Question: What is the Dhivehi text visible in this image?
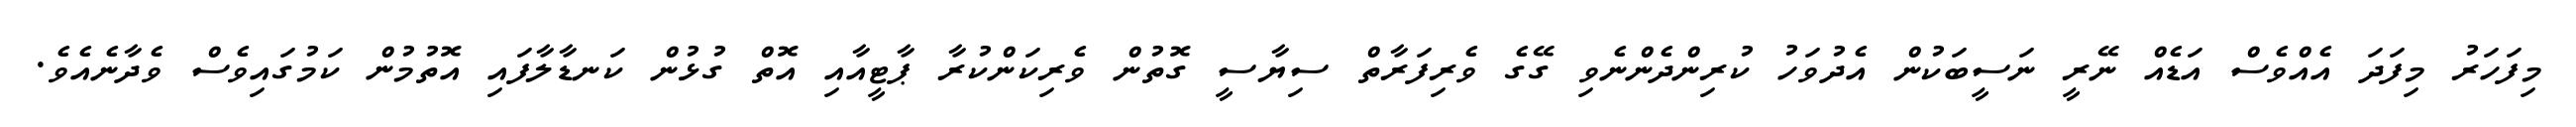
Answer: މިފަހަރު މިފަދަ އެއްވެސް އަޑެއް ނޭރީ ނަސީބަކުން އެދުވަހު ކުރިންދެންނެވި ގޭގެ ވެރިފަރާތް ސިޔާސީ ގޮތުން ވެރިކަންކުރާ ޕާޓީއާއި އޮތް ގުޅުން ކަނޑާލާފައި އޮތުމުން ކަމުގައިވެސް ވެދާނެއެވެ.